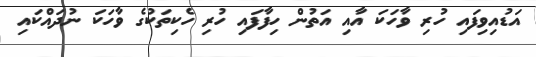
އަޑުއިވިފައި ހުރި ވާހަކަ އާއި އަތުން ހިފާފައި ހުރި ހެކިތަކުގެ ވާހަކަ ނުދައްކައި